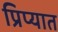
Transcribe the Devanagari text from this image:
प्रिप्यात